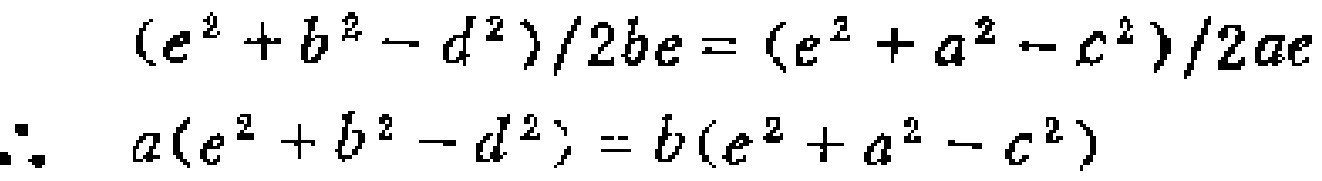
\[
\begin{align*}
\frac{e^{2}+b^{2}-d^{2}}{2be}&=\frac{e^{2}+a^{2}-c^{2}}{2ae}\\
\therefore a(e^{2}+b^{2}-d^{2})&=b(e^{2}+a^{2}-c^{2})
\end{align*}
\]